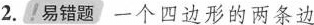
2.!易错题一个四边形的两条